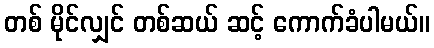
တစ် မိုင်လျှင် တစ်ဆယ် ဆင့် ကောက်ခံပါမယ်။